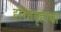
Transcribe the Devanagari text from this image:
हरितगृहाचा